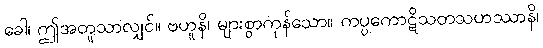
ခေါ၊ ဤအတူသာလျှင်။ ဗဟူနိ၊ များစွာကုန်သော။ ကပ္ပကောဋိသတသဟဿာနိ၊